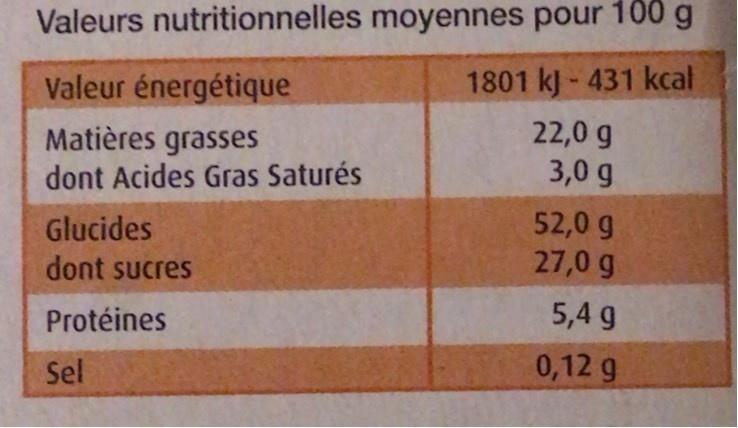
Valeurs nutritionnelles moyennes pour 100 g
Valeur énergétique
1801 kJ- 431 kcal
Matières grasses dont Acides Gras Saturés
22,0 g 3,0 g
Glucides dont sucres
52,0 g 27,0 g
Protéines
5,4 g
Sel
0,12 g